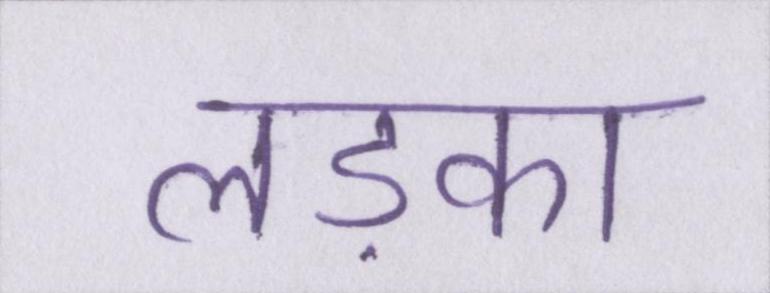
लड़का